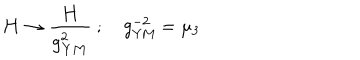
{ \bf H } \to { \frac { \bf H } { g _ { \bf Y M } ^ { 2 } } } \ ; \quad g _ { \mathrm { Y M } } ^ { - 2 } = \mu _ { 3 }